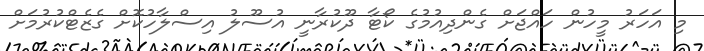
މި އަހަރު މީހުން ހައްޖަށް ގެންދިއުމުގެ ކޯޓާ ދޫކުރާނީ އުސޫލު އިސްލާހުކޮށް ގެޒެޓްކުރުމަށް